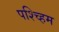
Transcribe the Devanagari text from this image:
पश्च्हिम